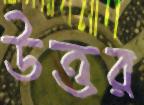
উত্তর